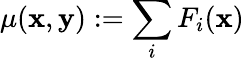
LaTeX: \mu(\textbf{x},\textbf{y}):=\sum_{i}F_{i}({\mathbf x})